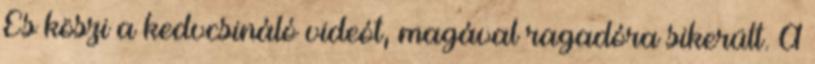
És köszi a kedvcsináló videót, magával ragadóra sikerült. A